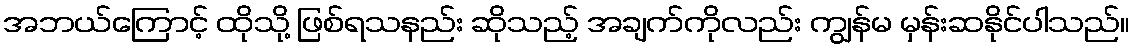
အဘယ်ကြောင့် ထိုသို့ ဖြစ်ရသနည်း ဆိုသည့် အချက်ကိုလည်း ကျွန်မ မှန်းဆနိုင်ပါသည်။